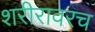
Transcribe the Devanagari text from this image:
शरीरावरच